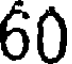
60